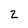
Character: z